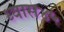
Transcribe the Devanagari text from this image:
ध्यास४५